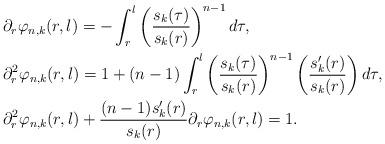
LaTeX: \begin{align*}&\partial_r\varphi_{n,k}(r,l)=-\int_r^l\left(\frac{s_k(\tau)}{s_k(r)}\right)^{n-1}d\tau,\\&\partial_r^2\varphi_{n,k}(r,l)=1+(n-1)\int_r^l\left(\frac{s_k(\tau)}{s_k(r)}\right)^{n-1}\left(\frac{s_k'(r)}{s_k(r)}\right)d\tau,\\&\partial_r^2\varphi_{n,k}(r,l)+\frac{(n-1)s_k'(r)}{s_k(r)}\partial_r\varphi_{n,k}(r,l)=1. \end{align*}